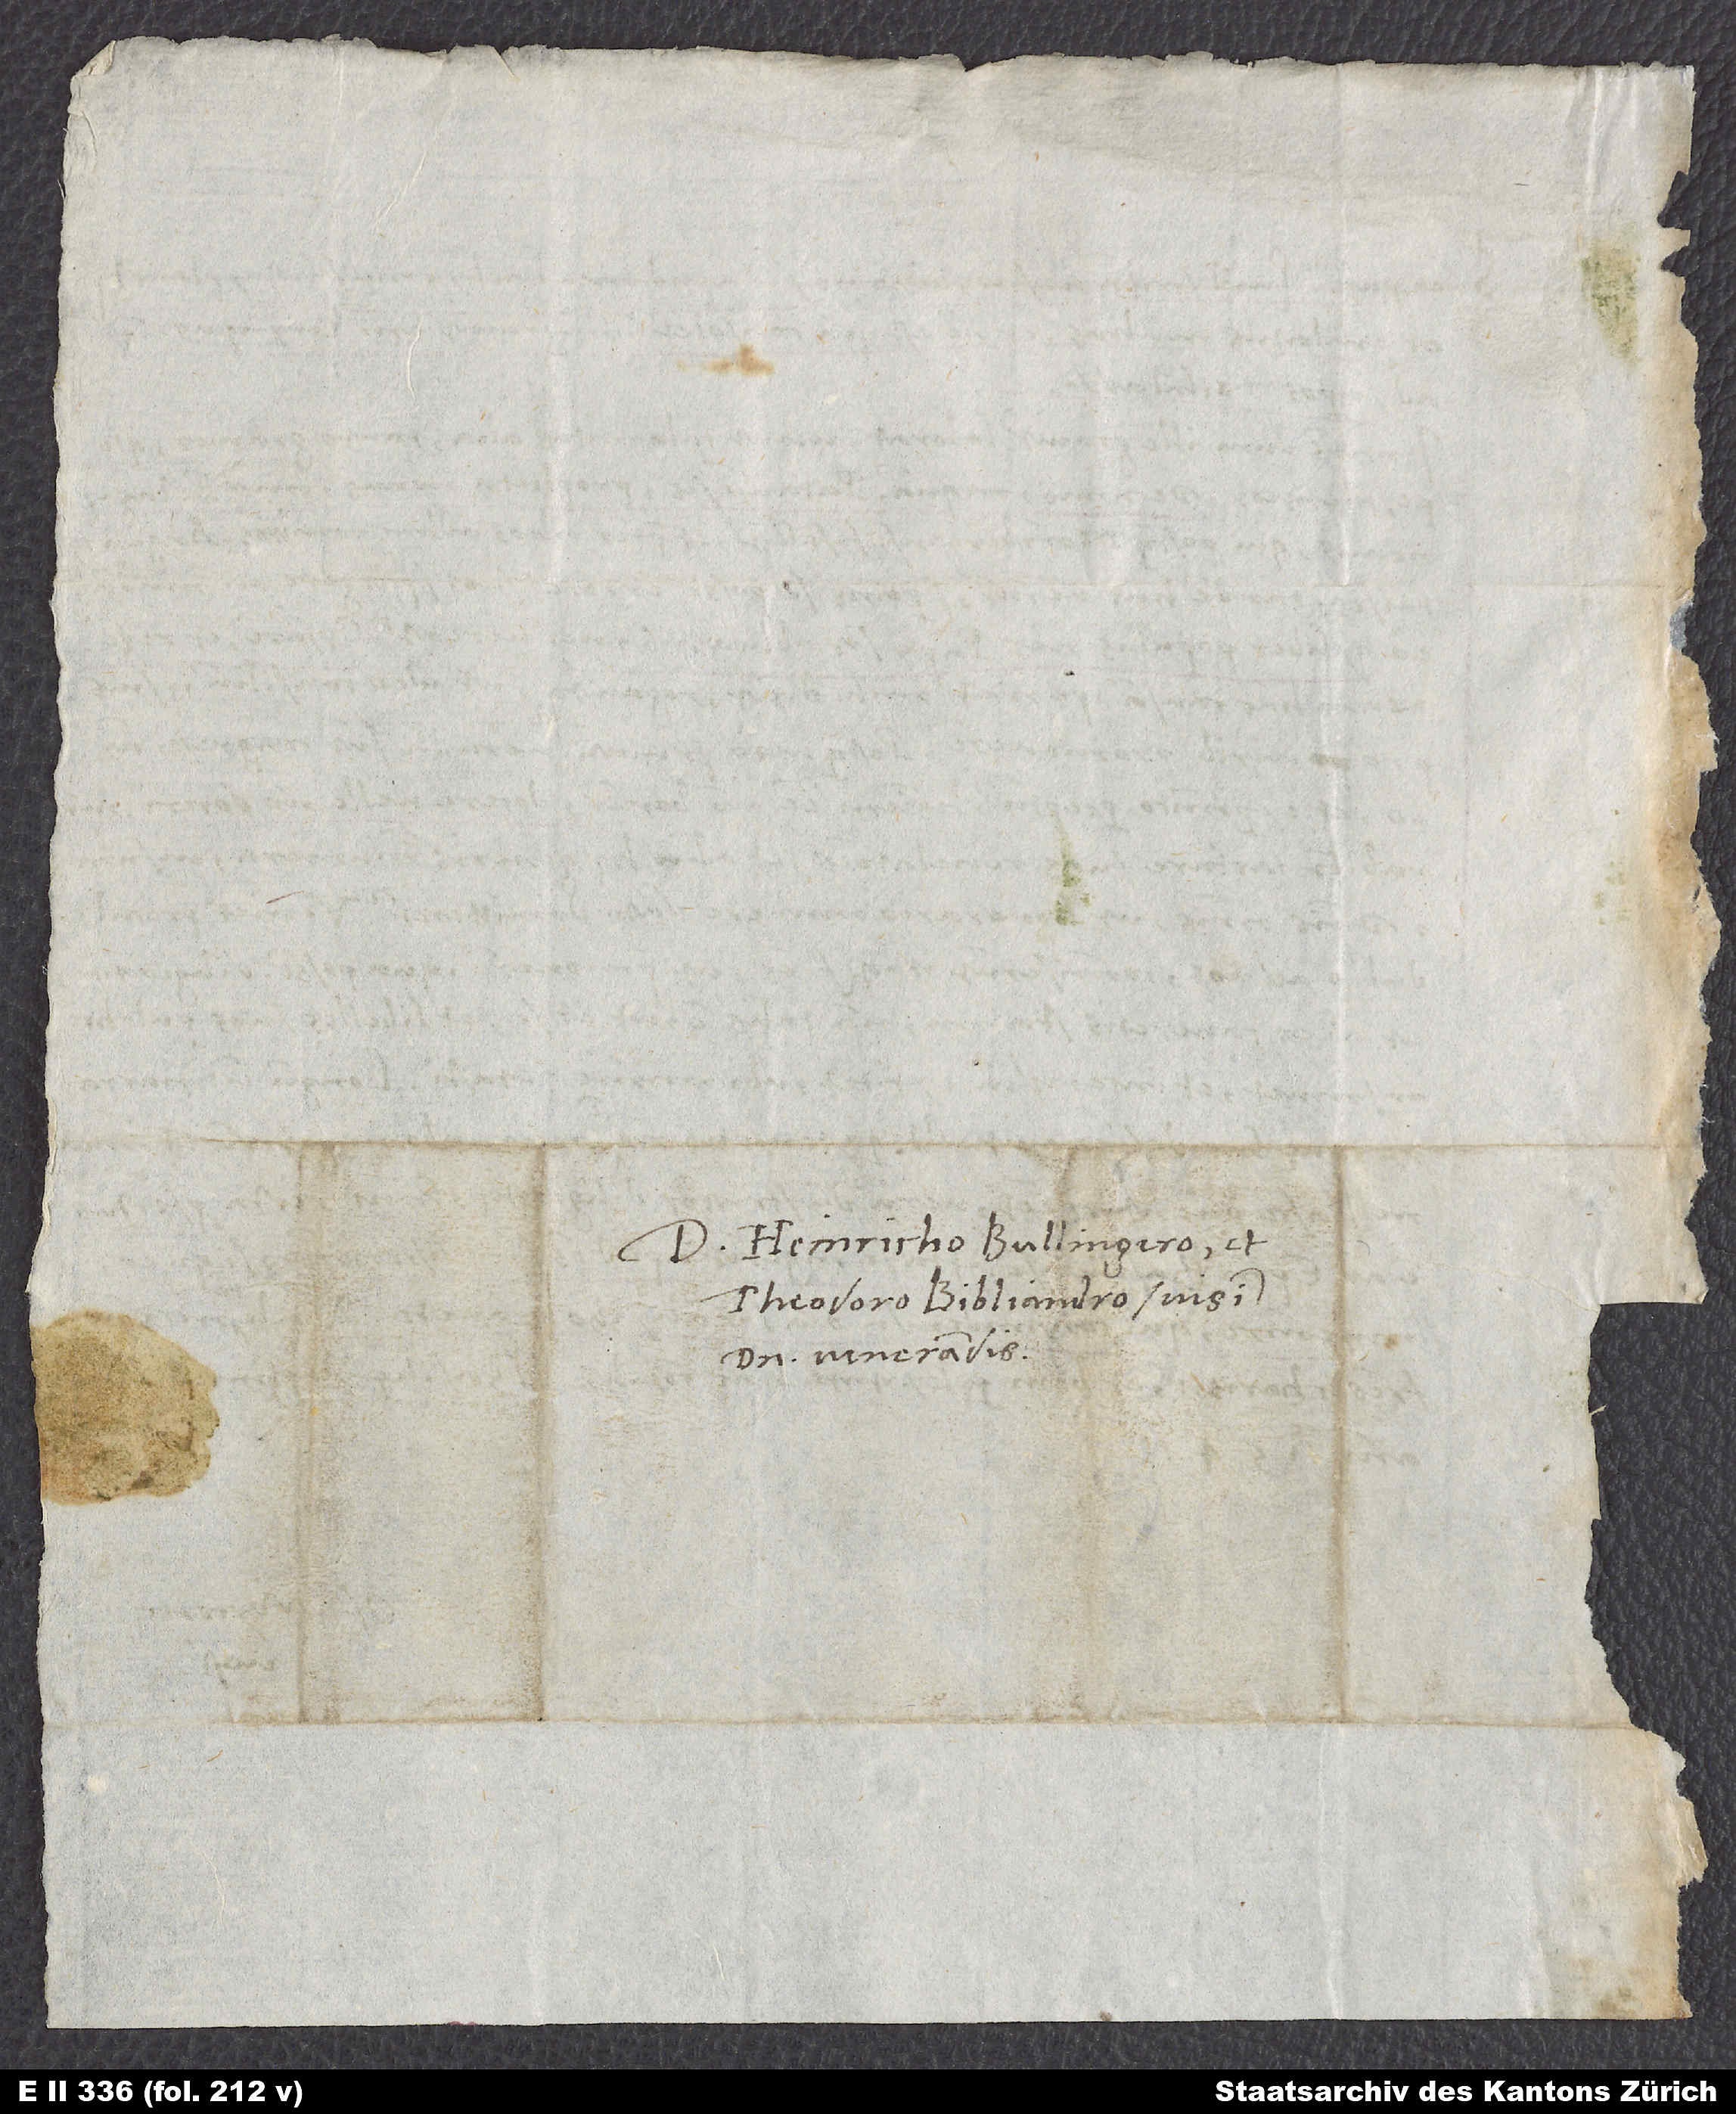
Dominis Heinricho Bullingero et
Theodoro Bibliandro, suis
domino venerandis.